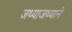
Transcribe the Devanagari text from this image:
जथ्याजथ्याने